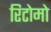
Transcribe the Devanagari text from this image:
रिटोमो